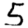
Digit: 5